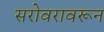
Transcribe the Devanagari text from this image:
सरोवरावरून